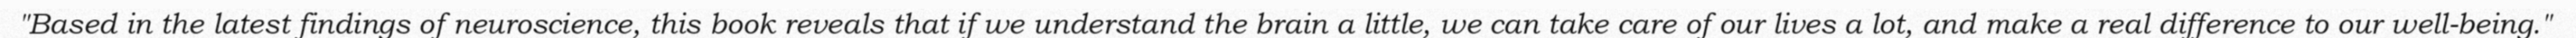
"Based in the latest findings of neuroscience, this book reveals that if we understand the brain a little, we can take care of our lives a lot, and make a real difference to our well-being."